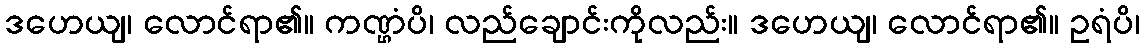
ဒဟေယျ၊ လောင်ရာ၏။ ကဏ္ဌံပိ၊ လည်ချောင်းကိုလည်း။ ဒဟေယျ၊ လောင်ရာ၏။ ဥရံပိ၊